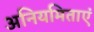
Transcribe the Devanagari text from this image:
अनियमिताएं